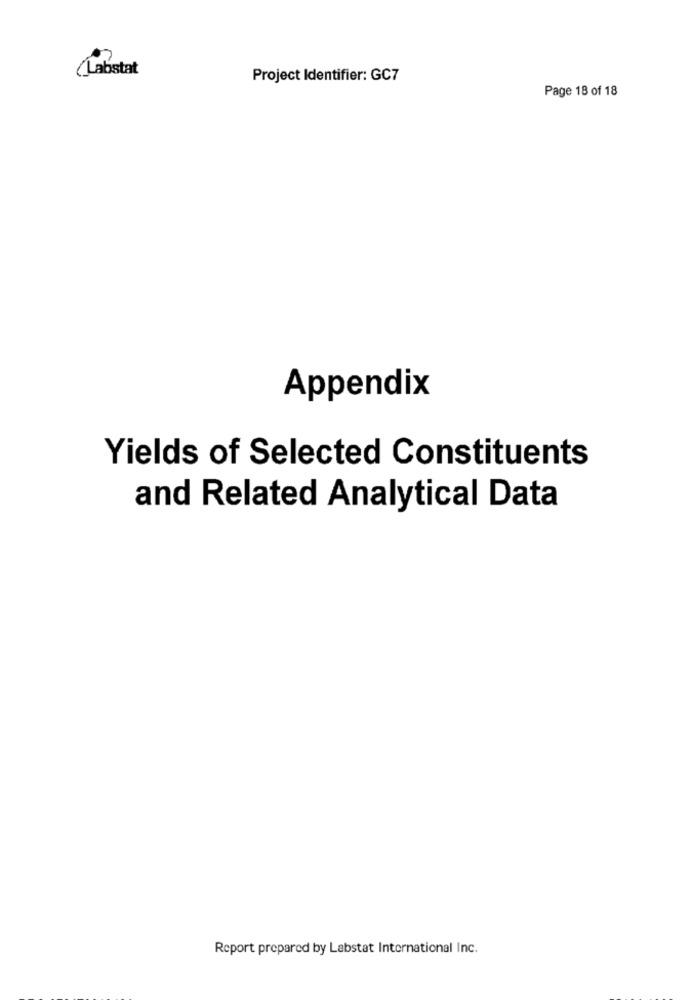
(Labstat
Project Identifier: GC7
Page 18 of 18
Appendix
Yields of Selected Constituents
and Related Analytical Data
Report prepared by Labstat International Inc.